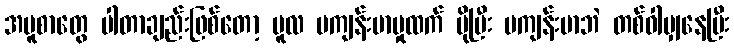
အပူစာတွေ ပါတာချည်းဖြစ်တော့ မူလ မကျန်းမာမှုထက် ပိုပြီး မကျန်းမာဘဲ တစ်ဝါမျှနေပြီး